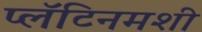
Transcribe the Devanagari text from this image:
प्लॅटिनमशी